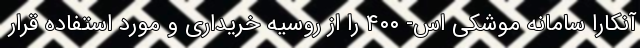
آنکارا سامانه موشکی اس- ۴۰۰ را از روسیه خریداری و مورد استفاده قرار